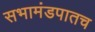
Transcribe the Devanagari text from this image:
सभामंडपातच